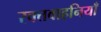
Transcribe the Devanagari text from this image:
रक्तवाहनियाँ